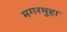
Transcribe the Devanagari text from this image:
मगरमुहा